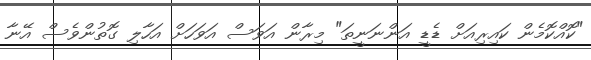
"ކޮއްކޮމެން ކައިރިއަށް ޑެޑީ އަންނަނީތަ" މިރާން އަވަސް އަވަހަށް އަހާލި ގޮތުންވެސް އޭނާ